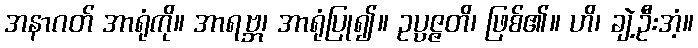
အနာဂတ် အာရုံကို။ အာရဗ္ဘ၊ အာရုံပြု၍။ ဥပ္ပဇ္ဇတိ၊ ဖြစ်၏။ ဟိ၊ ချဲ့ဦးအံ့။